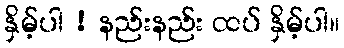
နှိမ့်ပါ ! နည်းနည်း ထပ် နှိမ့်ပါ။